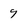
Character: 9